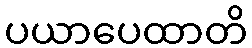
ပယာပေထာတိ